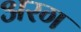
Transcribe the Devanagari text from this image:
अरग